Calcutta medical institutions reports 1871-78
Year: 1871
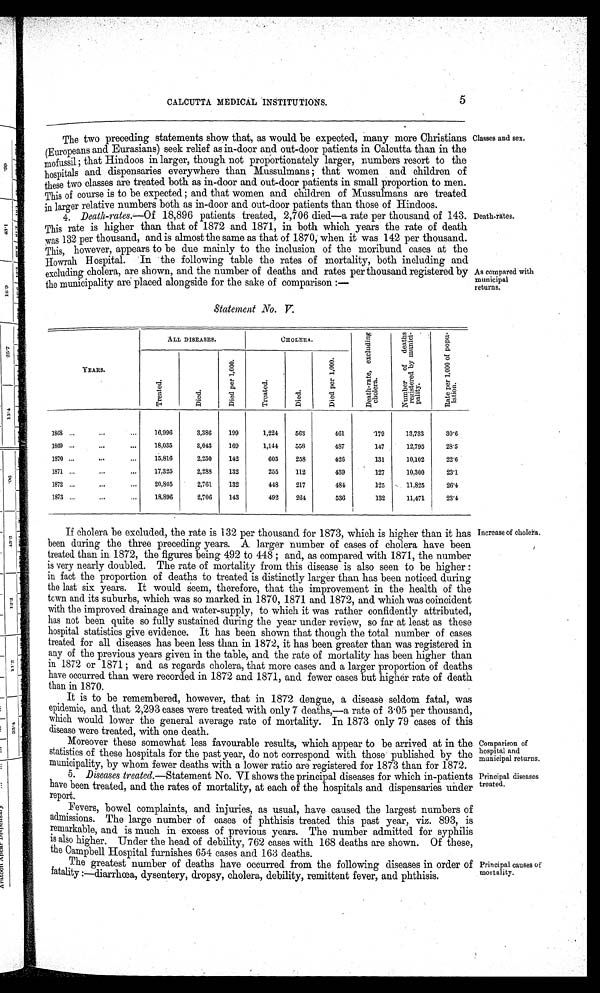
CALCUTTA MEDICAL INSTITUTIONS.
5
The two preceding statements show that, as would be expected, many more Christians
(Europeans and Eurasians) seek relief as in-door and out-door patients in Calcutta than in the
mofussil ; that Hindoos in larger, though not proportionately larger, numbers resort to the
hospitals and dispensaries everywhere than Mussulmans ; that women and children of
these two classes are treated both as in-door and out-door patients in small proportion to men.
This of course is to be expected ; and that women and children of Mussulmans are treated
in larger relative numbers both as in-door and out-door patients than those of Hindoos.
Classes and sex.
4. Death-rates.— Of 18,896 patients treated, 2,706 died—a rate per thousand of 143.
This rate is higher than that of 1872 and 1871, in both which years the rate of death
was 132 per thousand, and is almost the same as that of 1870; when it was 142 per thousand.
This, however, appears to be due mainly to the inclusion of the moribund cases at the
Howrah Hospital. In the following table the rates of mortality, both including and
excluding cholera, are shown, and the number of deaths and rates per thousand registered by
the municipality are placed alongside for the sake of comparison :—
Death-rates
As compared with
municipal
returns.
Statement No. V.
YEARS.
ALL DISEASES.
CHOLERA.
D e a t h - r a t e , e x c l u d i n g c h o l e r a .
N u m b e r o f d e a t h s
r e g i s t e r e d b y m u n i c i -
p a l i t y .
R a t e p e r 1 , 0 0 0 o f p o p u -
l a t i o n .
T r e n t e d .
D i e d
D i e d p e r 1 , 0 0 0 .
T r e a t e d .
D i e d .
D i e d p e r 1 , 0 0 0 .
1868
16,996
3,386
199
1,224
563
461
179
13,733
30·6
1869
18,035
3,043
169
1,144
558
487
147
12,795
28·5
1870
15,816
2,250
142
605
258
426
131
10,102
22·6
1871
17,325
2,288
132
255
112
439
127
10,300
23·1
1872
20,805
2,761
132
448
217
484
125
11,825
26·4
1873
18,896
2,706
143
492
264
536
132
11,471
23·4
If cholera be excluded, the rate is 132 per thousand for 1873, which is higher than it has
been during the three preceding years. A larger number of cases of cholera have been
treated than in 1872, the figures being 492 to 448 ; and, as compared with 1871, the number
is very nearly doubled. The rate of mortality from this disease is also seen to be higher :
in fact the proportion of deaths to treated is distinctly larger than has been noticed during
the last six years. It would seem, therefore, that the improvement in the health of the
town and its suburbs, which was so marked in 1870, 1871 and 1872, and which was coincident
with the improved drainage and water-supply, to which it was rather confidently attributed,
has not been quite so fully sustained during the year under review, so far at least as these
hospital statistics give evidence. It has been shown that though the total number of cases
treated for all diseases has been less than in 1872, it has been greater than was registered in
any of the previous years given in the table, and the rate of mortality has been higher than
in 1872 or 1871; and as regards cholera, that more cases and a larger proportion of deaths
have occurred than were recorded in 1872 and 1871, and fewer cases but higher rate of death
than in 1870.
Increase of cholera.
It is to be remembered, however, that in 1872 dengue, a disease seldom fatal, was
epidemic, and that 2,293 cases were treated with only 7 deaths,—a rate of 3 . 05 per thousand,
which would lower the general average rate of mortality. In 1873 only 79 cases of this
disease were treated, with one death.
Moreover these somewhat less favourable results, which appear to be arrived at in the
statistics of these hospitals for the past year, do not correspond with those published by the
municipality, by whom fewer deaths with a lower ratio are registered for 1873 than for 1872.
Comparison of
Hospital and municipal returns.
5. Diseases treated.—Statement No. VI shows the principal diseases for which in-patients
have been treated, and the rates of mortality, at each of the hospitals and dispensaries under
report.
Principal diseases
treated.
Fevers, bowel complaints, and injuries, as usual, have caused the largest numbers of
admissions. The large number of cases of phthisis treated this past year, viz. 893, is
remarkable, and is much in excess of previous years. The number admitted for syphilis
is also higher. Under the head of debility, 762 cases with 168 deaths are shown. Of these,
the Campbell Hospital furnishes 654 cases and 163 deaths.
The greatest number of deaths have occurred from the following diseases in order of
fatality :—diarrhœm, dysentery, dropsy, cholera, debility, remittent fever, and phthisis.
Principal causes of
mortality.